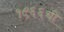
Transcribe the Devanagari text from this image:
१९६६ची